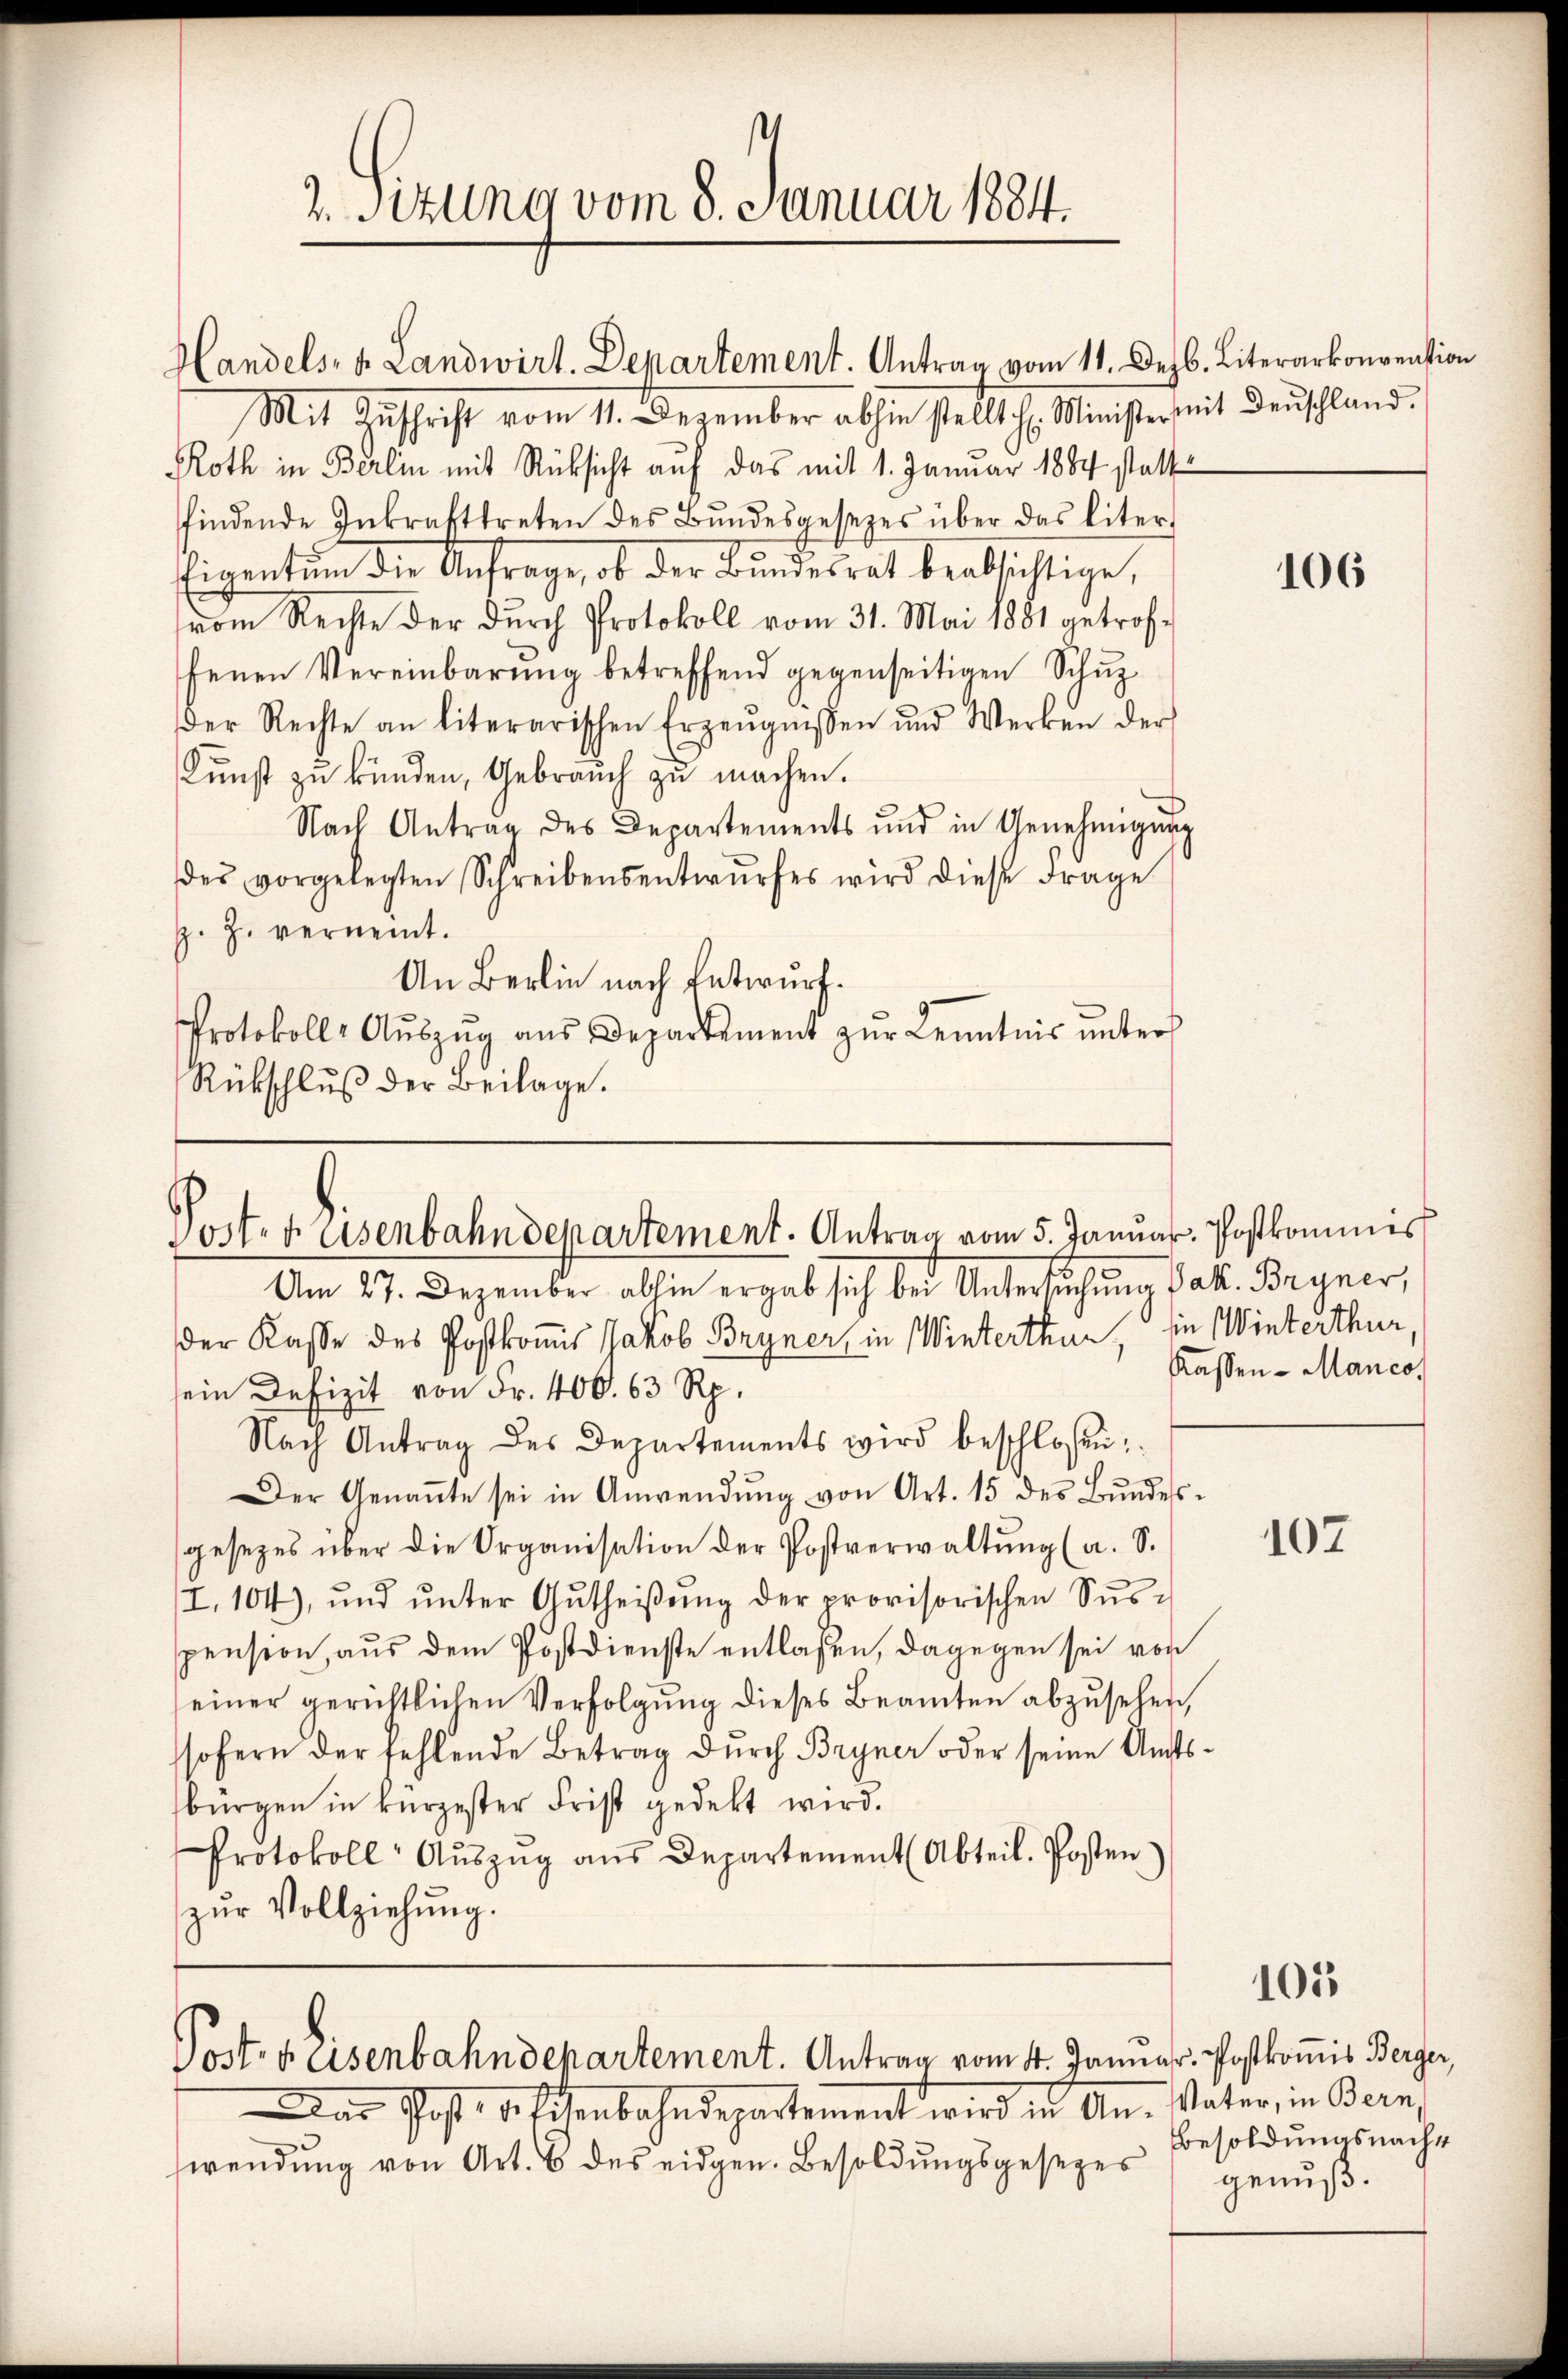
2. Sitzung vom 8. Januar 1884.

Mit Zŭschrift vom 11. Dezember abhin stellt h. Minister mit denschland.
Roth in Berlin mit Rücksicht auf das mit 1. Januar 1884 statt
findende Inkrafttreten des Bŭndesgesezes über das liter-
Eigentum die Anfrage, ob der Bundesrat beabsichtige,
vom Rechte der dŭrch Protokoll vom 31. Mai 1881 getrof-
fenen Vereinbarŭng betreffend gegenseitigen Schŭz
der Rechte an literarischen Erzeŭgnissen und Werken der
Kunst zu künden, Gebrauch zu machen.
Nach Antrag des Departements und in Genehmigŭng
des vorgelegten Schreibensentwŭrfes wird diese Frage
p. Z. verneint.
An Berlin nach Entwurf.
Protokoll-Aŭszŭg aŭs Departement zŭr Kenntnis ŭnter
Rückschlŭβ der Beilage.

Handels- u. Landwirt. Departement. Antrag vom 11. Dezb. Literarkonvention

Post- u. Eisenbahndepartement. Antrag vom 5. Januar. Postkommis

Post heisenbahndepartement. Antrag vom 4. Januar. Postkomis Berger,

Am 27. Dezember abhin ergab sich bei Untersuchung Jak. Bryner,
der Kasse des Postkomis Jakob Bryner, in Winterthur, sie Winterthur,
sein Defizit von Fr. 406. 63 Rp.
Nach Antrag des Departements wird beschlossen:
Der Genaṅte sei in Anwendŭng von Art. 15 des Bŭndes-
gesezes über die Organisation der Postverwaltŭng (a. S.
I,104), und ŭnter Gŭtheiβŭng der provisorischen Sŭs-
spension, aus dem Postdienste entlassen, dagegen sei vor
einer gerichtlichen Verfolgŭng dieses Beamten abzŭsehen,
sofern der fehlende Betrag dŭrch Bryner oder seine Amtsbürgen in kürzester Frist gedekt wird.
Protokoll Aŭszŭg aŭs Departement (Abteil. Posten
zŭr Vollziehung.

Das Post de sichenbahndepartement wird in An- Vater, in Bern,
wendung von Art. 6 des eidgen. Besoldungsgesezes

106

Kassen-Manco

107

105

Besoldungsnachgenuß.